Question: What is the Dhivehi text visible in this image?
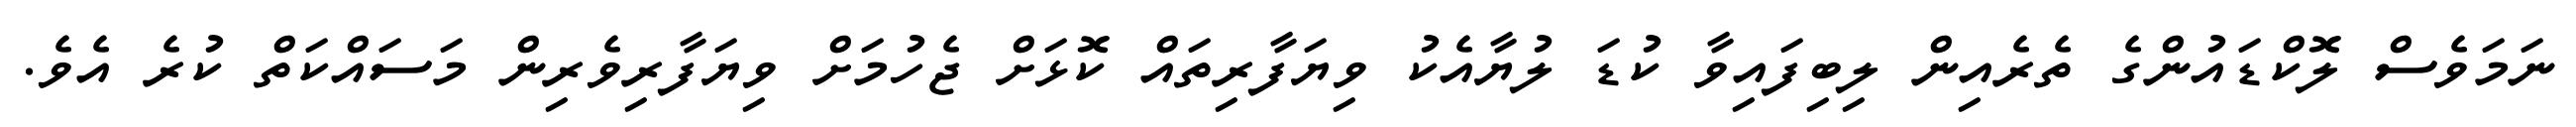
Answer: ނަމަވެސް ލޮކްޑައުންގެ ތެރެއިން ލިބިފައިވާ ކުޑަ ލުޔާއެކު ވިޔަފާރިތައް ކޮޅަށް ޖެހުމަށް ވިޔަފާރިވެރިން މަސައްކަތް ކުރެ އެވެ.